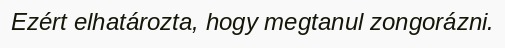
Ezért elhatározta, hogy megtanul zongorázni.